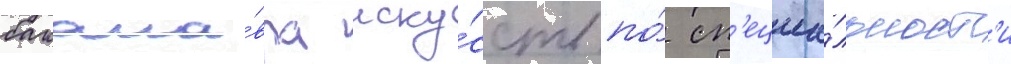
бакала́вра иску́сств по́ сп'ециа́льност'и